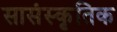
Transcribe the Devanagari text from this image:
सासंस्कृतिक